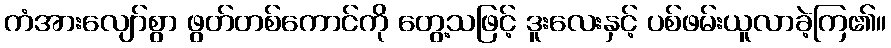
ကံအားလျော်စွာ ဖွတ်တစ်ကောင်ကို တွေ့သဖြင့် ဒူးလေးနှင့် ပစ်ဖမ်းယူလာခဲ့ကြ၏။